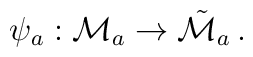
\psi_a: {\cal M}_a \to \tilde{{\cal M}}_a \, .